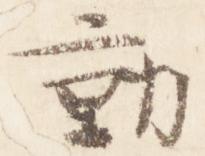
動